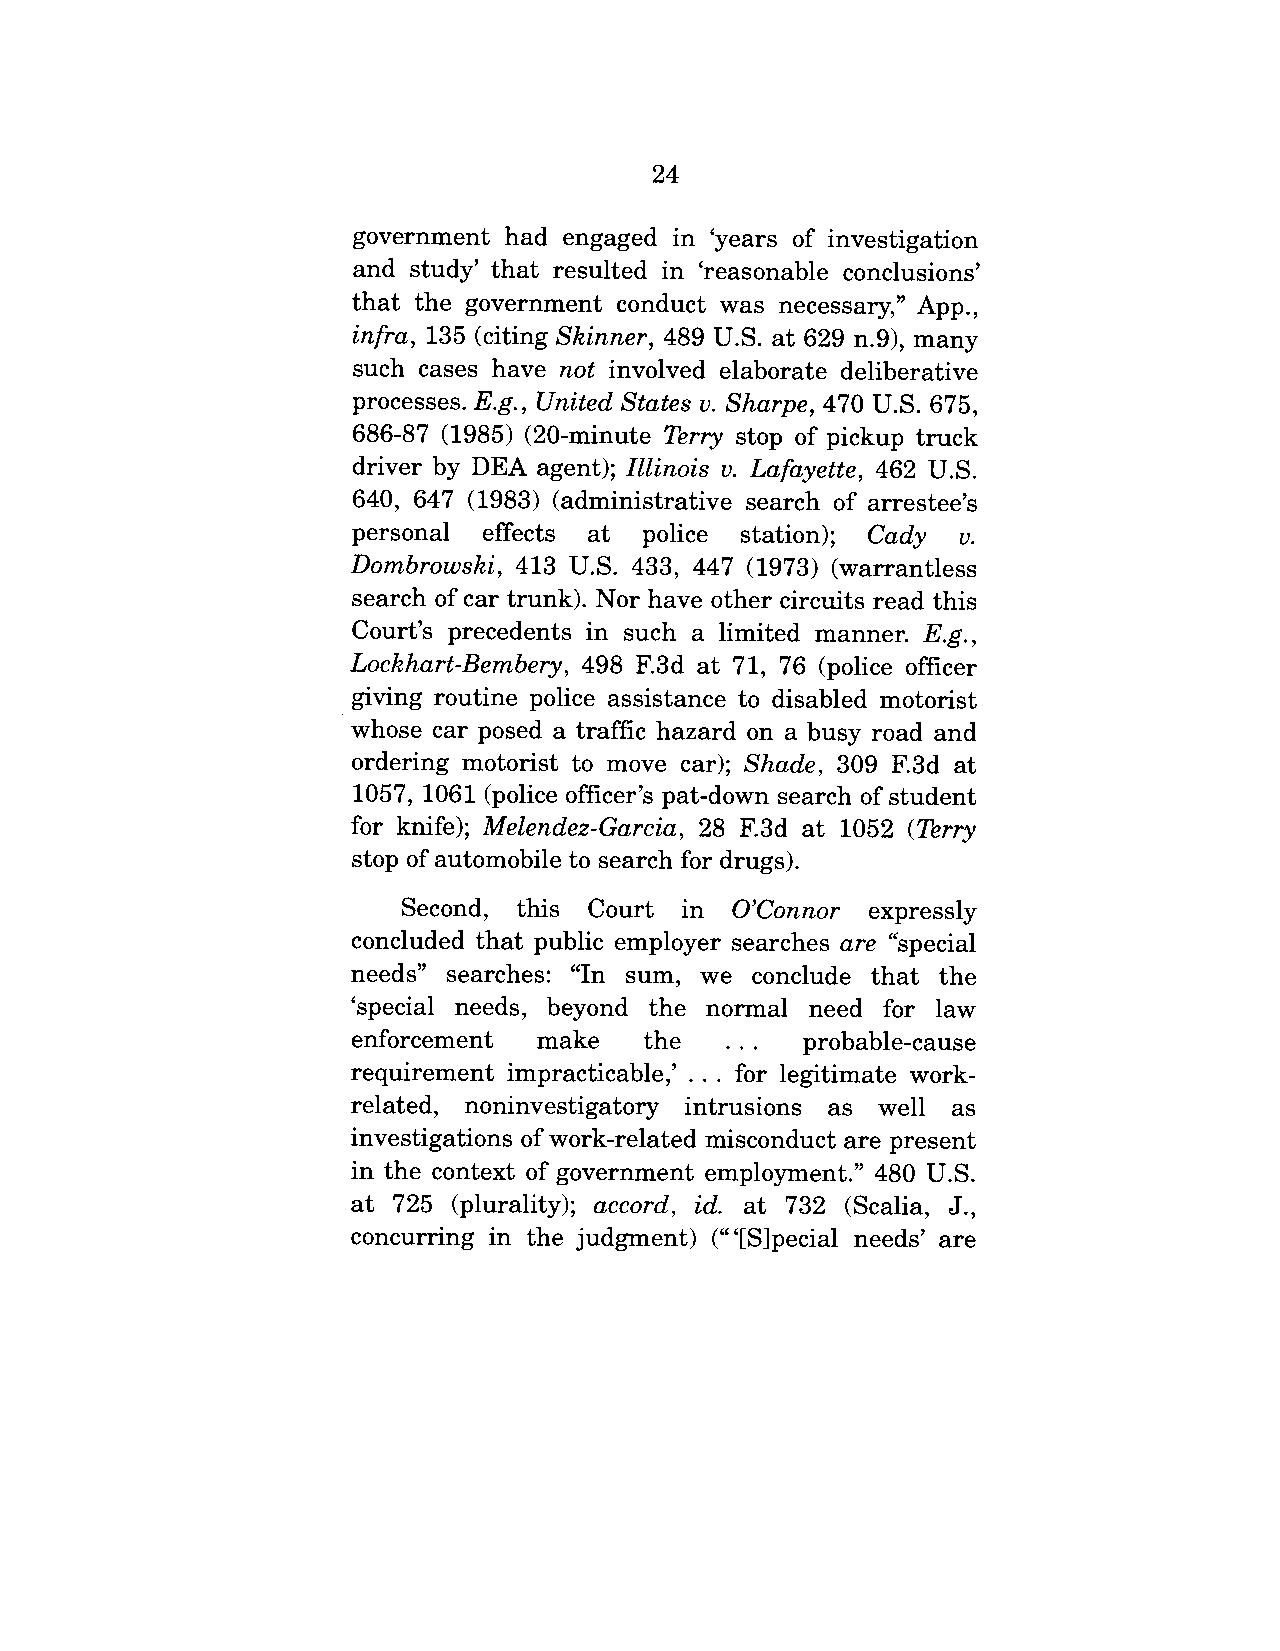
24
 government  had engaged in ’years of investigation
 and study’ that resulted in ’reasonable conclusions’
 that the government conduct was necessary," App.,
 infra, 135 (citing Skinner, 489 U.S. at 629 n.9), many
 such cases have not involved elaborate deliberative
 processes. E.g., United States v. Sharpe, 470 U.S. 675,
 686-87 (1985) (20-minute Terry stop of pickup truck
 driver by DEA agent); Illinois v. Lafayette, 462 U.S.
 640, 647 (1983) (administrative search of arrestee’s
 personal effects at police station); Cady v.
 Dombrowski, 413 U.S. 433, 447 (1973) (warrantless
 search of car trunk). Nor have other circuits read this
 Court’s precedents in such a limited manner. E.g.,
 Lockhart-Bembery, 498 F.3d at 71, 76 (police officer
 giving routine police assistance to disabled motorist
 whose car posed a traffic hazard on a busy road and
 ordering motorist to move car); Shade, 309 F.3d at
 1057, 1061 (police officer’s pat-down search of student
 for knife); Melendez-Garcia, 28 F.3d at 1052 (Terry
 stop of automobile to search for drugs).
 Second, this Court in O’Connor expressly
 concluded that public employer searches are "special
 needs" searches: "In sum, we conclude that the
 ’special needs, beyond the normal need for law
 enforcement make the ... probable-cause
 requirement impracticable,’.., for legitimate work-
 related, noninvestigatory intrusions as well as
 investigations of work-related misconduct are present
 in the context of government employment." 480 U.S.
 at 725 (plurality); accord, id. at 732 (Scalia, J.,
 concurring in the judgment) ("’[S]pecial needs’ are